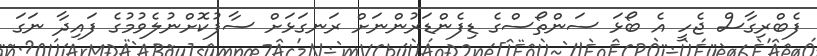
ފެބްރިގާސް ޖެހީ އެ ބޯޅަ ސަންތޯސްގެ ޑިފެންޑަރުންނަށް ރަނގަޅަށް ސާފުކޮށްނުލެވުމުގެ ފައިދާ ނަގަ